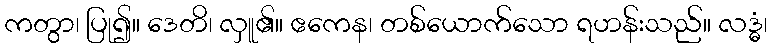
ကတွာ၊ ပြု၍။ ဒေတိ၊ လှူ၏။ ဧကေန၊ တစ်ယောက်သော ရဟန်းသည်။ လဒ္ဓံ၊